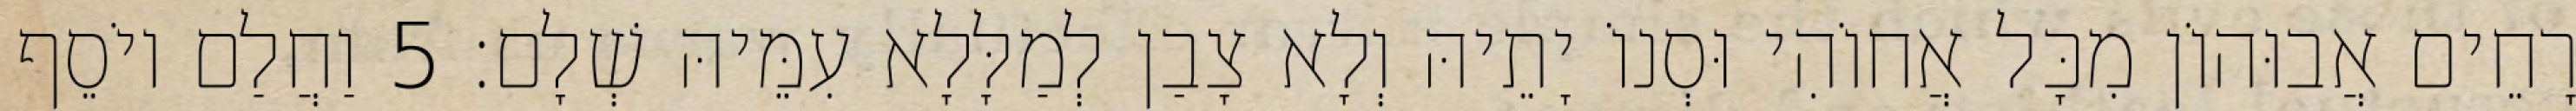
רָחֵים אֲבוּהוֹן מִכָּל אֲחוֹהִי וּסְנוֹ יָתֵיהּ וְלָא צָבַן לְמַלָּלָא עִמֵּיהּ שְׁלָם׃ 5 וַחֲלַם יוֹסֵף